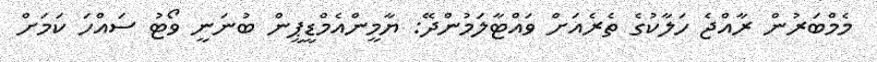
މެމްބަރުން ރާއްޖެ ހަލާކުގެ ތެރެއަށް ވައްޓާލަމުންދޭ: ޔާމީންއެމްޑީޕީން ބުނަނީ ވޯޓު ސައްހަ ކަމަށް